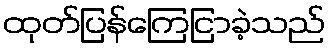
ထုတ်ပြန်ကြေငြာခဲ့သည်